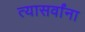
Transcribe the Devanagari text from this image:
त्यासर्वांना